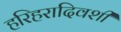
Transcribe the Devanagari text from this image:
हरिहरादिवशी